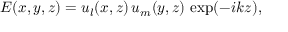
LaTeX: E ( x , y , z ) = u _ { l } ( x , z ) \, u _ { m } ( y , z ) \, \exp ( - i k z ) ,